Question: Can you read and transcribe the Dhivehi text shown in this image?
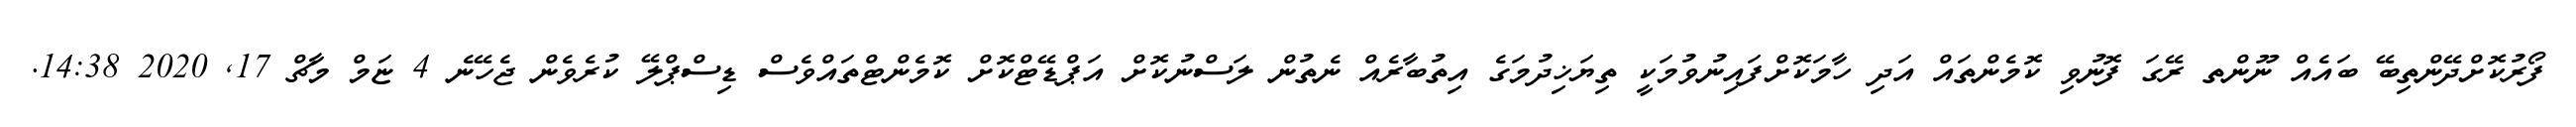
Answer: ފޯރުކޮށްދޭންތިބޭ ބައެއް ނޫންތ ރޭގަ ފޮނުވި ކޮމެންތައް އަދި ހާމަކޮށްފައިނުވުމަކީ ތިޔަޚިދުމަގެ އިތުބާރެއް ނެތުން ލަސްނުކޮށް އަޕްޑޭޓްކޮށް ކޮމެންޓްތައްވެސް ޑިސްޕްލޭ ކުރެވެން ޖެހޭނެ 4 ޏަމް މާޗް 17, 2020 14:38.